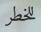
للخطر